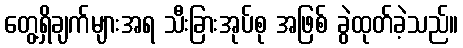
တွေ့ရှိချက်များအရ သီးခြားအုပ်စု အဖြစ် ခွဲထုတ်ခဲ့သည်။